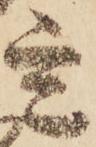
定